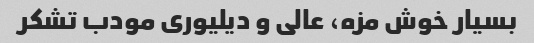
بسیار خوش مزه، عالی و دیلیوری مودب تشکر